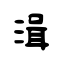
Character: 湒